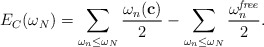
\begin{align*}E_C(\omega_N)=\sum_{\omega_n\leq\omega_N} {\omega_n({\bf c})\over2}-\sum_{\omega_n\leq\omega_N} {\omega_n^{\it free }\over 2}.\end{align*}